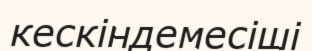
кескіндемесіші